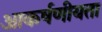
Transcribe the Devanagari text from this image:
आकर्षणीयता